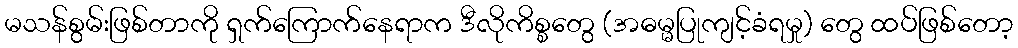
မသန်စွမ်းဖြစ်တာကို ရှက်ကြောက်နေရာက ဒီလိုကိစ္စတွေ (အဓမ္မပြုကျင့်ခံရမှု) တွေ ထပ်ဖြစ်တော့